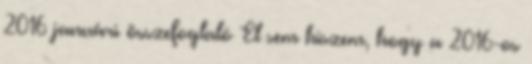
2016 januári összefoglaló El sem hiszem, hogy a 2016-os